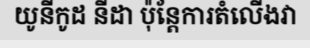
យូនីកូដ នីដា ប៉ុន្តែការតំលើងវា